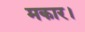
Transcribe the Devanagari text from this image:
मकार।